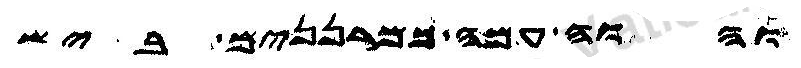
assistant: והוה עמה כמרננים ביש